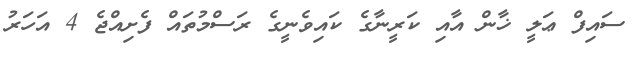
ސައިފް ޢަލީ ޚާން އާއި ކަރީނާގެ ކައިވެނީގެ ރަސްމުތައް ފެށިއްޖެ 4 އަހަރު